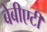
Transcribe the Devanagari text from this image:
बेबीएटी